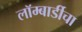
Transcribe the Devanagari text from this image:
लॉम्बार्डीचा